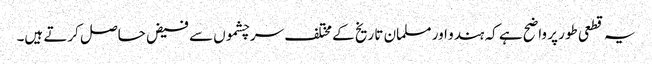
یہ قطعی طور پر واضح ہے کہ ہندو اور مسلمان تا ریخ کے مختلف سر چشموں سے فیض حاصل کرتے ہیں۔